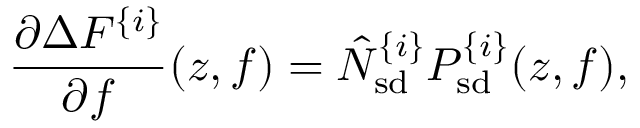
\frac { \partial \Delta F ^ { \{ i \} } } { \partial f } ( z , f ) = \hat { N } _ { \mathrm { s d } } ^ { \{ i \} } P _ { \mathrm { s d } } ^ { \{ i \} } ( z , f ) ,